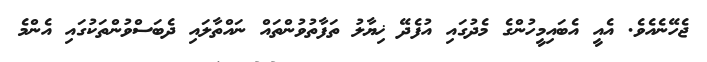
ޖެހޭނެއެވެ. އެއީ އެބައިމީހުންގެ މެދުގައި އުފެދޭ ޚިޔާލު ތަފާތުވުންތައް ނައްތާލައި ދެބަސްވުންތަކުގައި އެންމެ